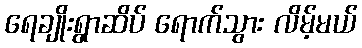
ရေချိုးရွာဆိပ် ရောက်သွား လိမ့်မယ်